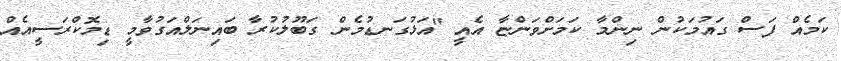
ކަމެއް ފަސް ގައުމަކުން ނިންމާ ކަމަށްވަންޏާ އެއީ "އަޅުގަނޑުމެން ގަބޫލުކުރާ ބައިނަލްއަގުވާމީ ޑިމޮކްރަސީއެއް